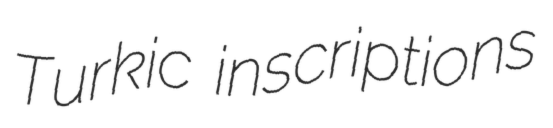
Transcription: Turkic inscriptions